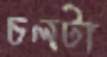
চলটা